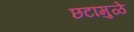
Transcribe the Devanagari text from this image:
छटांमुळे